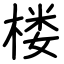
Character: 楼